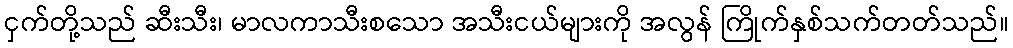
ငှက်တို့သည် ဆီးသီး၊ မာလကာသီးစသော အသီးငယ်များကို အလွန် ကြိုက်နှစ်သက်တတ်သည်။